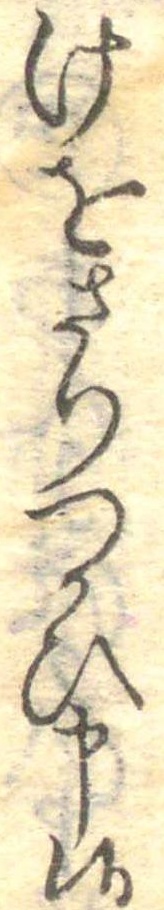
けをさりつかひ申候